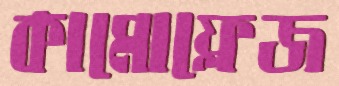
কামোফ্লেজ